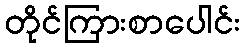
တိုင်ကြားစာပေါင်း